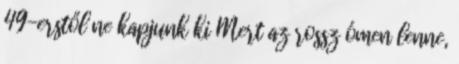
49-erstől ne kapjunk ki Mert az rossz ómen lenne,